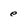
Character: e